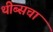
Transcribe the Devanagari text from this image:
थीब्सचा